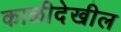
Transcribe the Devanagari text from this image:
काळीदेखील